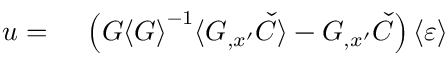
\begin{array} { r l } { u = { } } & { { } \left( G { \langle G \rangle } ^ { - 1 } \langle G _ { , x ^ { \prime } } \check { C } \rangle - G _ { , x ^ { \prime } } \check { C } \right) \langle \varepsilon \rangle } \end{array}